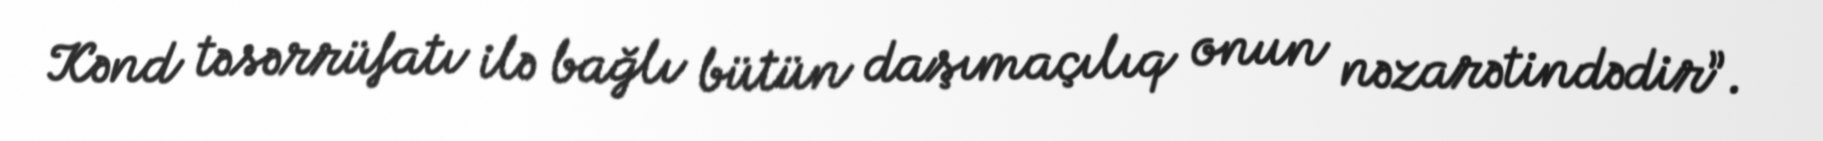
Kənd təsərrüfatı ilə bağlı bütün daşımaçılıq onun nəzarətindədir”.